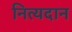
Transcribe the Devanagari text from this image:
नित्यदान